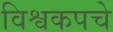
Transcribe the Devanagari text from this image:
विश्वकपचे